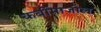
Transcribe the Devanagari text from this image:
कर्बीमाजोल